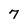
Character: 7